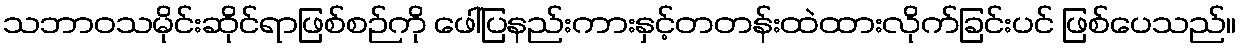
သဘာဝသမိုင်းဆိုင်ရာဖြစ်စဉ်ကို ဖေါ်ပြနည်းကားနှင့်တတန်းထဲထားလိုက်ခြင်းပင် ဖြစ်ပေသည်။